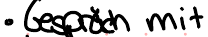
Gespräch mit